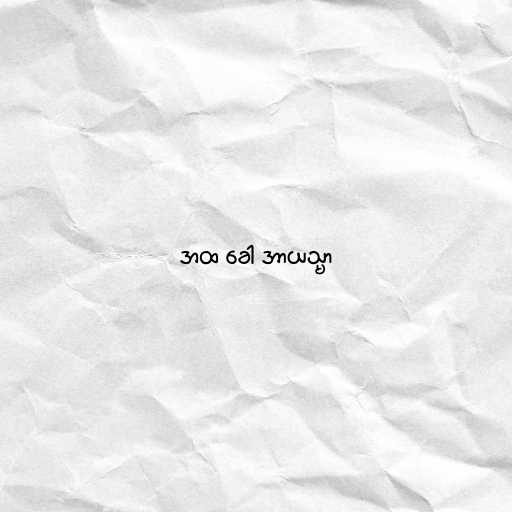
အထ ခေါ အာယသ္မာ